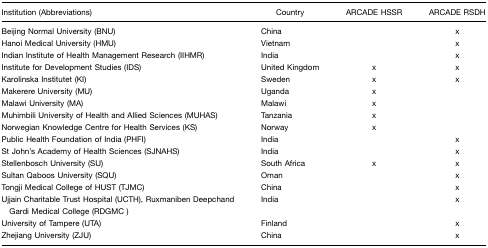
| Institution (Abbreviations) | Country | ARCADE HSSR | ARCADE RSDH |
 | --- | --- | --- | --- |
 | Beijing Normal University (BNU) | China |  | x |
 | Hanoi Medical University (HMU) | Vietnam |  | x |
 | Indian Institute of Health Management Research (IIHMR) | India |  | x |
 | Institute for Development Studies (IDS) | United Kingdom | x | x |
 | Karolinska Institutet (KI) | Sweden | x | x |
 | Makerere University (MU) | Uganda | x |  |
 | Malawi University (MA) | Malawi | x |  |
 | Muhimbili University of Health and Allied Sciences (MUHAS) | Tanzania | x |  |
 | Norwegian Knowledge Centre for Health Services (KS) | Norway | x |  |
 | Public Health Foundation of India (PHFI) | India |  | x |
 | St John's Academy of Health Sciences (SJNAHS) | India |  | x |
 | Stellenbosch University (SU) | South Africa | x | x |
 | Sultan Qaboos University (SQU) | Oman |  | x |
 | Tongji Medical College of HUST (TJMC) | China |  | x |
 | Ujjain Charitable Trust Hospital (UCTH), Ruxmaniben Deepchand Gardi Medical College (RDGMC ) | India |  | x |
 | University of Tampere (UTA) | Finland |  | x |
 | Zhejiang University (ZJU) | China |  | x |